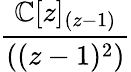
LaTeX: \frac{\mathbb{C}[z]_{(z-1)}}{((z-1)^{2})}